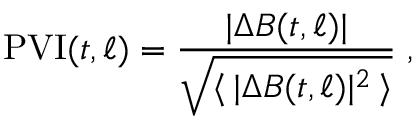
\mathrm { P V I } ( t , \ell ) = \frac { | \Delta \boldsymbol { B } ( t , \ell ) | } { \sqrt { \langle \, | \Delta \boldsymbol { B } ( t , \ell ) | ^ { 2 } \, \rangle } } \; ,